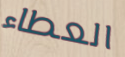
العطاء